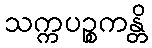
သက္ကပဉ္စကန္တိ